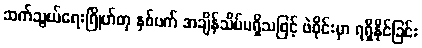
ဆက်သွယ်ရေးဂြိုဟ်တု နှစ်ပက် အချိန်သိပ်မရှိသဖြင့် ဖဲဝိုင်းမှာ ရရှိနိုင်ခြင်း